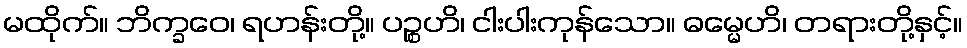
မထိုက်။ ဘိက္ခဝေ၊ ရဟန်းတို့။ ပဉ္စဟိ၊ ငါးပါးကုန်သော။ ဓမ္မေဟိ၊ တရားတို့နှင့်။